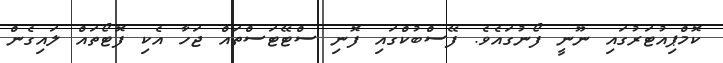
ކޮމްޕިއުޓަރުގައި ނޫނީ ފޯނުގައެވެ. ފޭސްބުކްގައި ފޮނި ސްޓޭޓަސްތައް ޖަހާ އެކި ފޮޓޯތައް ލައިގެން